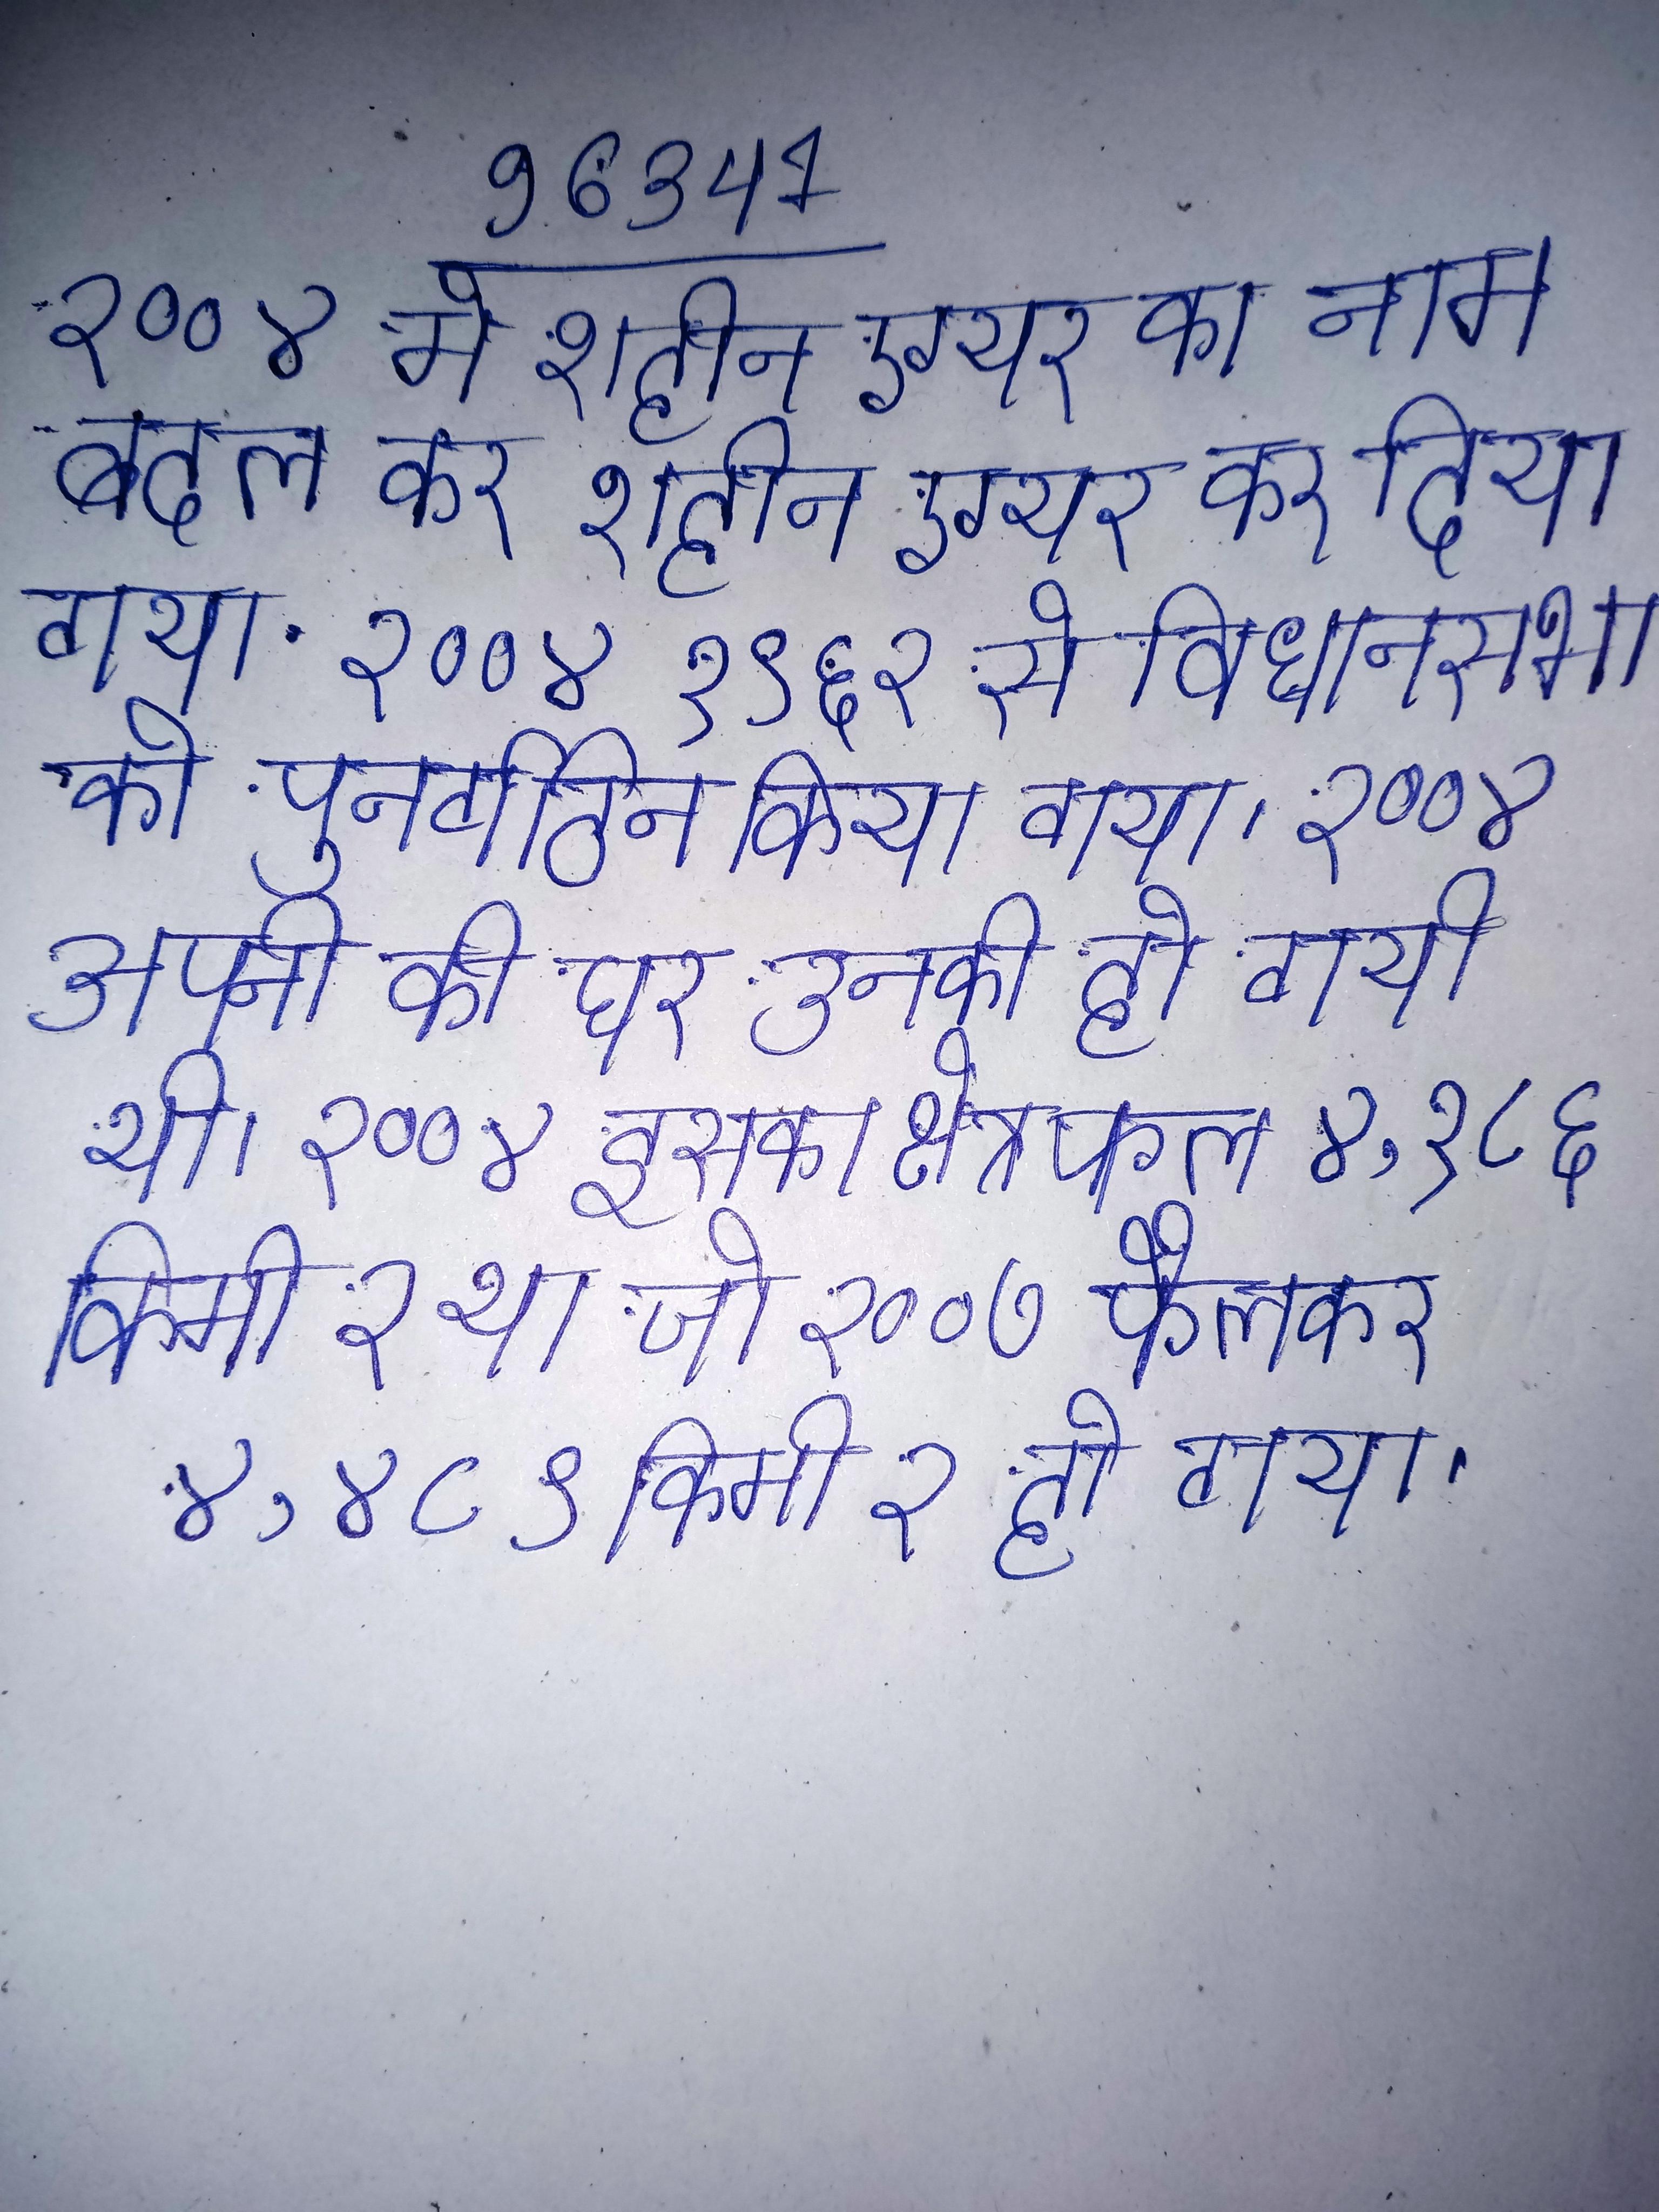
२००४ मे शहीन एयर का नाम बदल कर शहीन एयर कर दिया गया . २००४ १९६२ से विधानसभा को पुनर्गठित किया गया । २००४ अपनी की घर उनकी हो गयी थी । २००४ इसका क्षेत्रफल ४,१८६ किमी २ था जो २००७ फैलकर ४,४८९ किमी २ हो गया ।